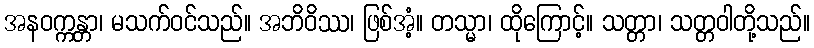
အနဝက္ကန္တာ၊ မသက်ဝင်သည်။ အဘိဝိဿ၊ ဖြစ်အံ့။ တသ္မာ၊ ထိုကြောင့်။ သတ္တာ၊ သတ္တဝါတို့သည်။